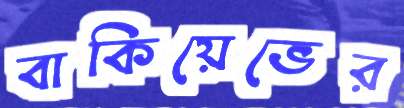
বাকিয়েভের